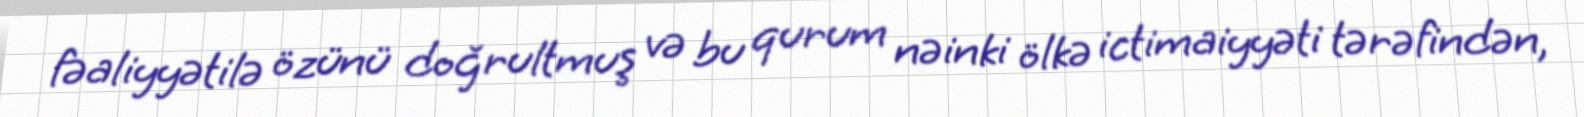
fəaliyyətilə özünü doğrultmuş və bu qurum nəinki ölkə ictimaiyyəti tərəfindən,